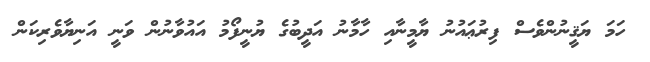
ހަމަ ޔަޤީނުންވެސް ފިރުޢައުނު ޔާމީނާއި ހާމާނު އަދީބުގެ ޔުނީފޯމު އައުވާނުން ވަނީ އަނިޔާވެރިކަން